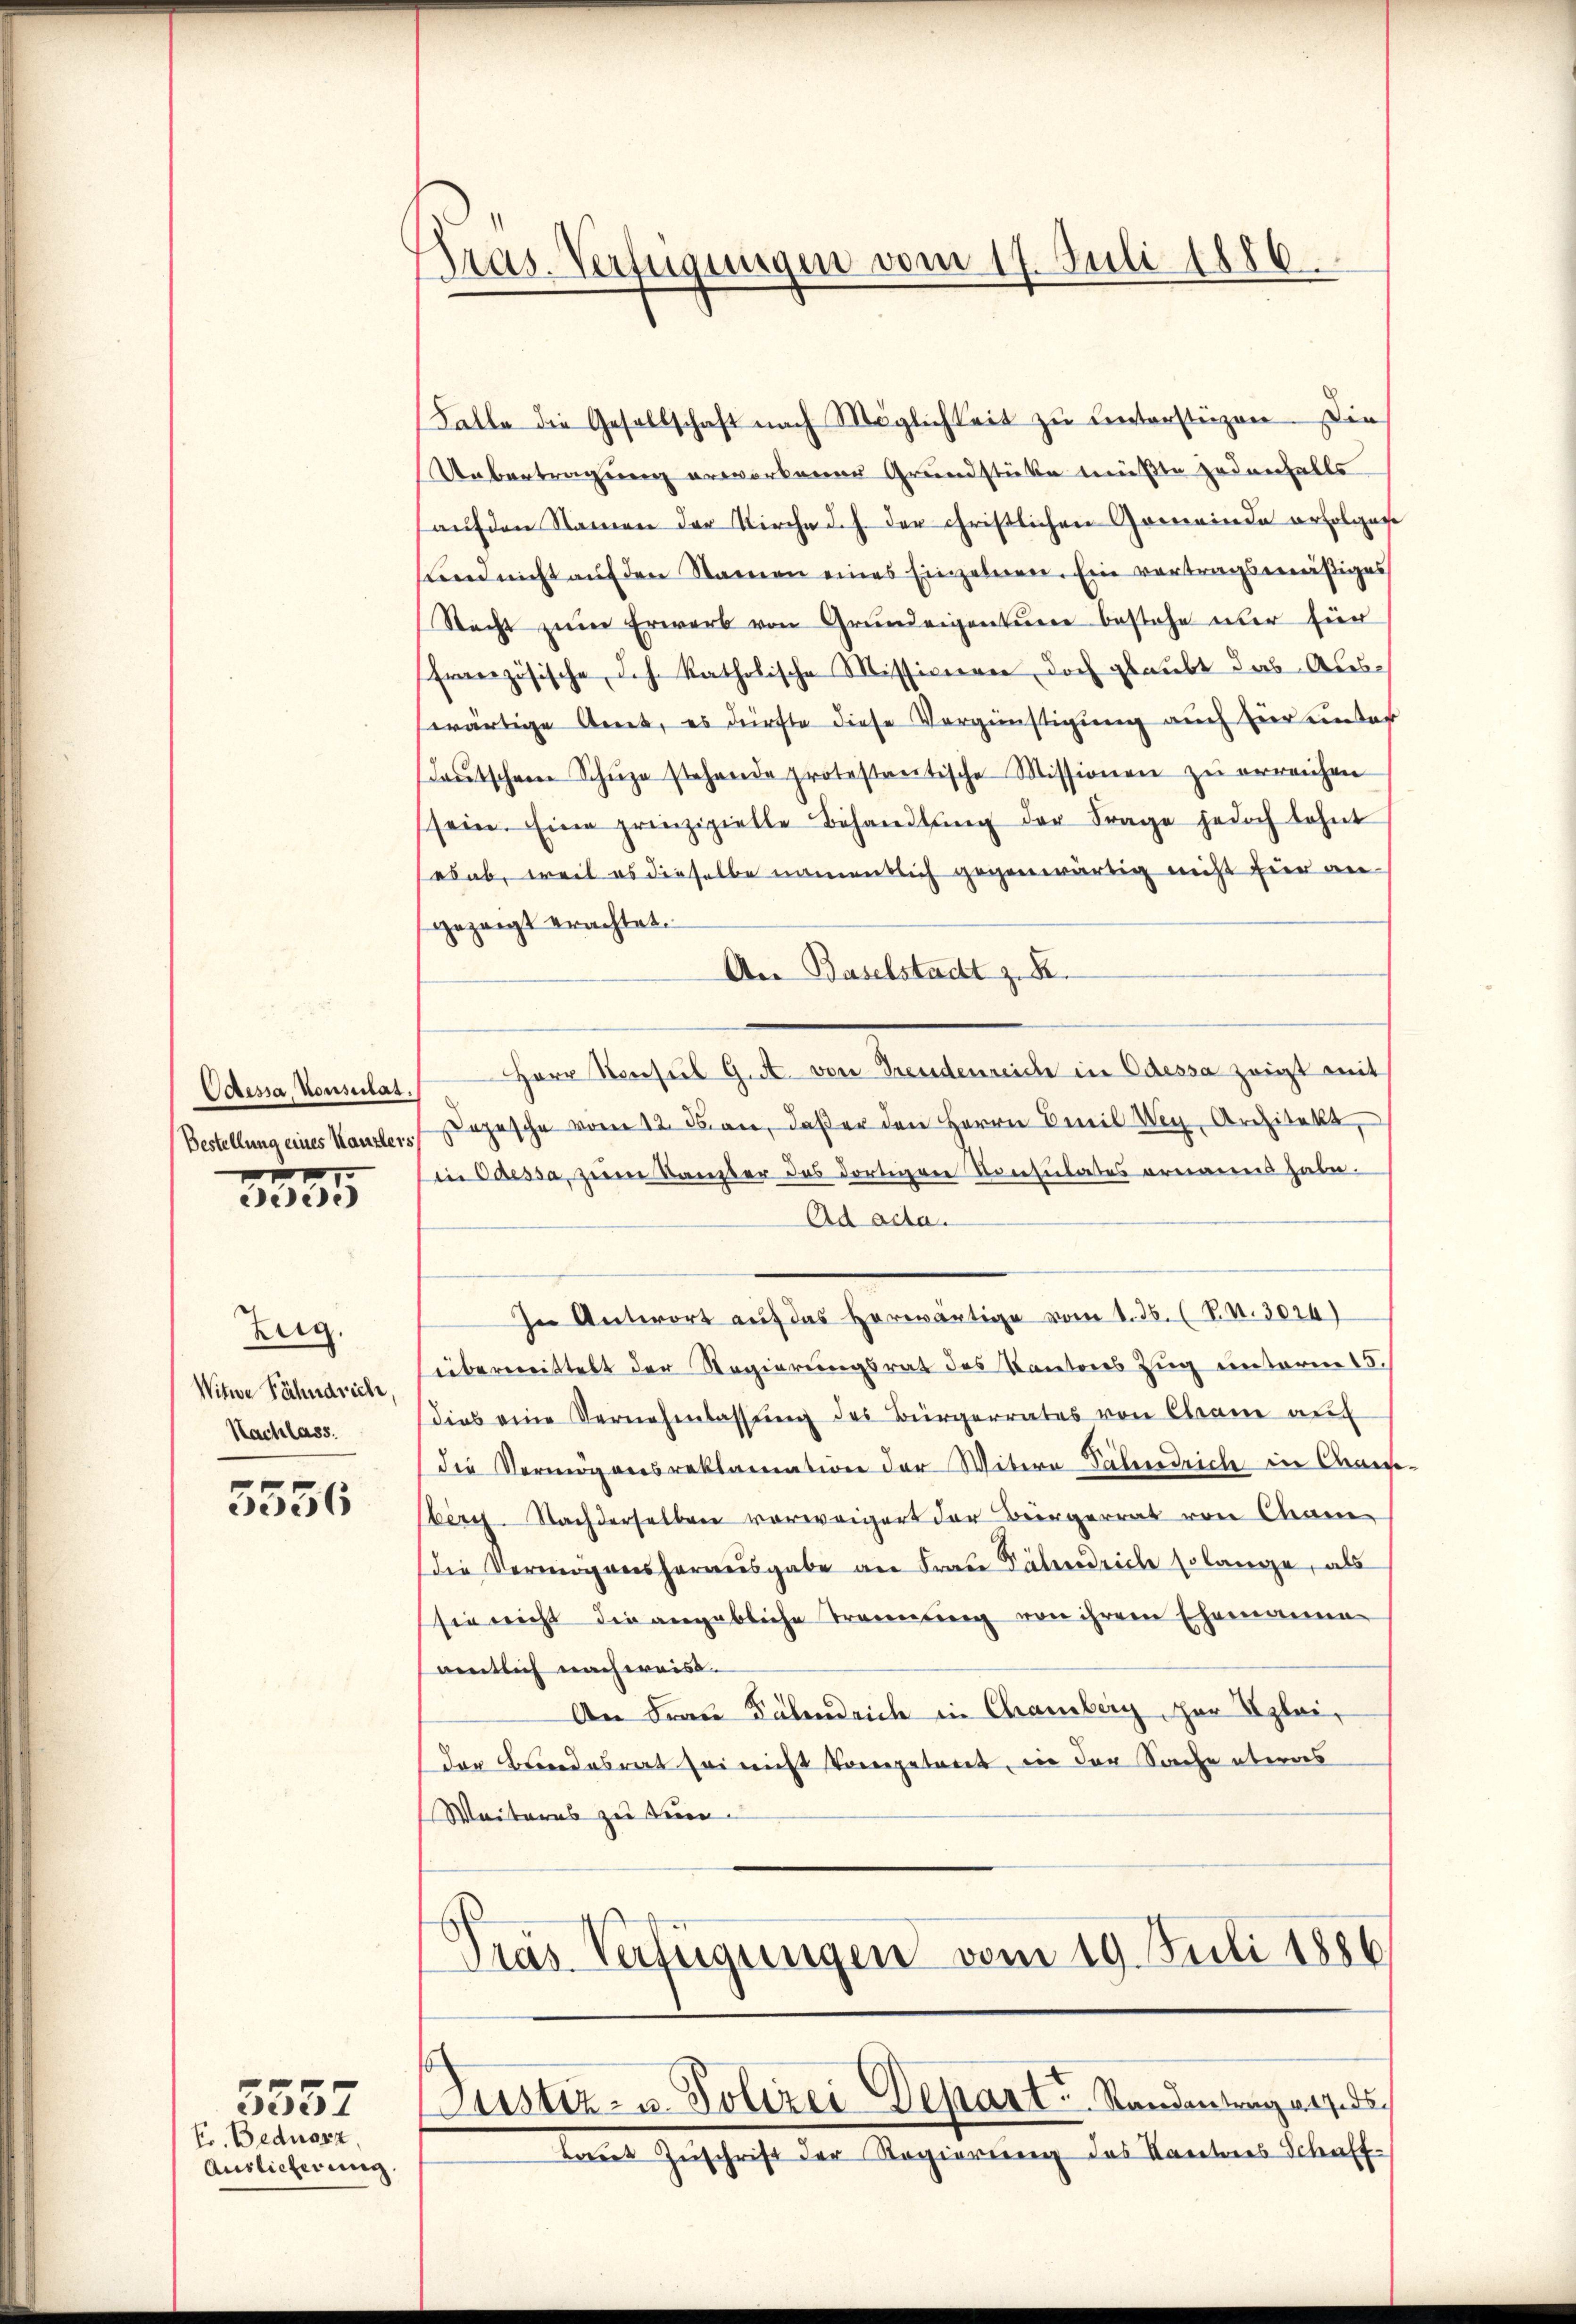
Odessa, Konsulat.
Bestellung eines Kanzlers,

1755

Zug.
Witwe Fähndrich,
Nachlass.

5556

Fr. Beduorz
Auslieferung

5557

Tras. Verfügungen vom 17. Juli 1886.

Falle die Gesellschaft nach Möglichkeit zu hinterstüzen. Die
Uebertragung erworbener Grundstücke müßte jedenfalls
aŭf den Namen der Kirche d. h. der christlichen Gemeinde erfolgege
ŭnd nicht aŭf den Namen eines Einzelnen. Ein vertragsmäßiges
Recht zŭm Erwerb von Grundeigentur bestehe nur für
Französische, d.h. katholische Missionen doch glaubt das Auswärtige Arnet, es dürfte diese Vergünstigung auch hier unter
deŭtschen Schŭze stehende protestantische Missionen zŭ erreichen
sein. Eine prinzipielle Behandlŭng der Frage jedoch lehnt
es ab, weil es dieselbe namentlich gegenwärtig nicht für an-
gezeigt erachtet.
An Baselstadt z. R.
Herr Konsul G. A. von Freudenreich in Odessa zeigt mit
Dopesche vom 12. ds. an, daß er den Herrn Emil Weg, Architekt,
in Caessa, ziem Samster das dortiger Konsulates ornannt habe.
Ad acta
In Antwort auf das Horwärtige vom 1. Js. (N. N. 3024)
übermittelt der Regierungsrat des Kantons Zug einterm 15.
dies eine Vernehmlassŭng des Bürgerrates von Cham auf
die Vermögensreklamation der Witere Dähnedrich in Caese-
berg. Nachderselben vorweigert der Bürgerrat von Chame
die Vermögensherausgabe an Fraŭ Sälenrich so lange, als
sie nicht die angebliche Trennung von ihrem Ehemanne
saemtlich nach wais.
An Frau Fähnrich in Chamberg zur Erleider Brandesrat sei nicht vorgetatet, in der Sache etwas
Weiteres zu den

Pras Verfügungen vom 19. Juli 1886
Justiz- u. Polizei Depart. Standentrag an ds
Laut Zuschrift der Regierung des Kantones Schaff-